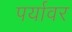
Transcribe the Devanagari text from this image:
पर्यावर